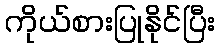
ကိုယ်စားပြုနိုင်ပြီး